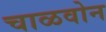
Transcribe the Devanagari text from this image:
चाळवोन